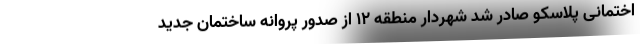
اختمانی پلاسکو صادر شد شهردار منطقه ۱۲ از صدور پروانه ساختمان جدید